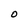
Character: O